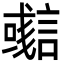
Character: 𧫊